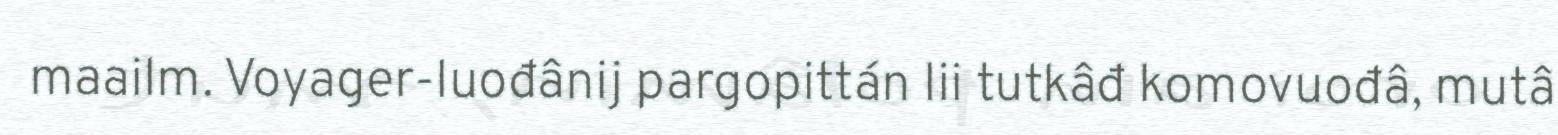
maailm. Voyager-luođânij pargopittán lii tutkâđ komovuođâ, mutâ